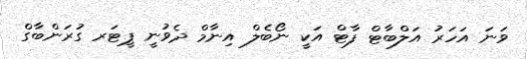
ވަނަ އަހަރު އަލްބާޓް ފާޓް އަކީ ނޯބެލް އިނާމް ދެވުނީ ޕީޓަރ ގުރަންބާގް